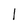
Character: 1